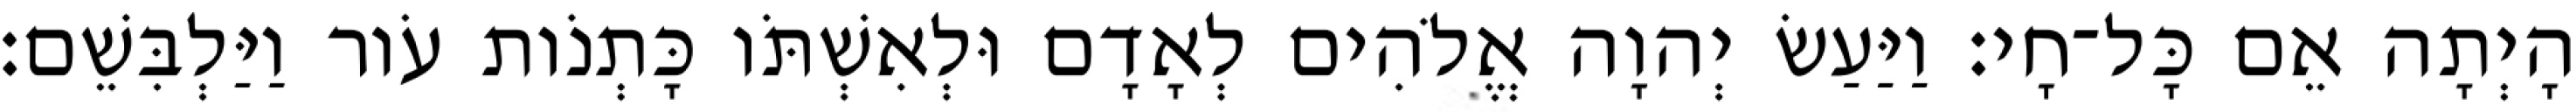
הָיְתָה אֵם כָּל־חָי׃ וַיַּעַשׂ יְהוָה אֱלֹהִים לְאָדָם וּלְאִשְׁתֹּו כָּתְנֹות עֹור וַיַּלְבִּשֵׁם׃